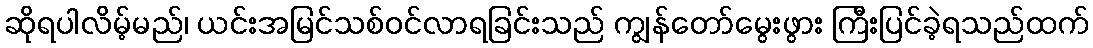
ဆိုရပါလိမ့်မည်၊ ယင်းအမြင်သစ်ဝင်လာရခြင်းသည် ကျွန်တော်မွေးဖွား ကြီးပြင်ခဲ့ရသည်ထက်